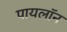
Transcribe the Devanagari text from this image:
पायलॉन